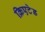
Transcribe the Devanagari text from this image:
क्रिएटेड